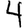
Digit: 4